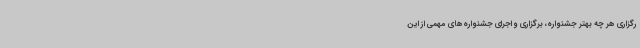
رگزاری هر چه بهتر جشنواره، برگزاری و اجرای جشنواره‌های مهمی از این